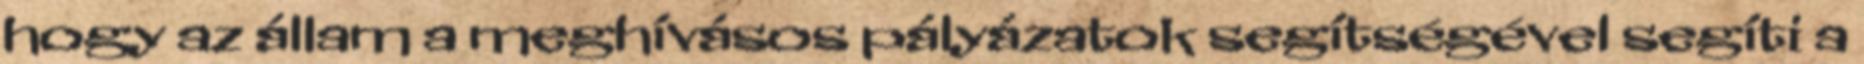
hogy az állam a meghívásos pályázatok segítségével segíti a